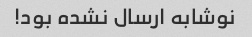
نوشابه ارسال نشده بود!